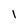
Character: 1